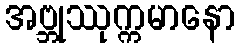
အဗ္ဘုဿုက္ကမာနော